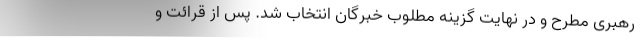
رهبری مطرح و در نهایت گزینه مطلوب خبرگان انتخاب شد. پس از قرائت و